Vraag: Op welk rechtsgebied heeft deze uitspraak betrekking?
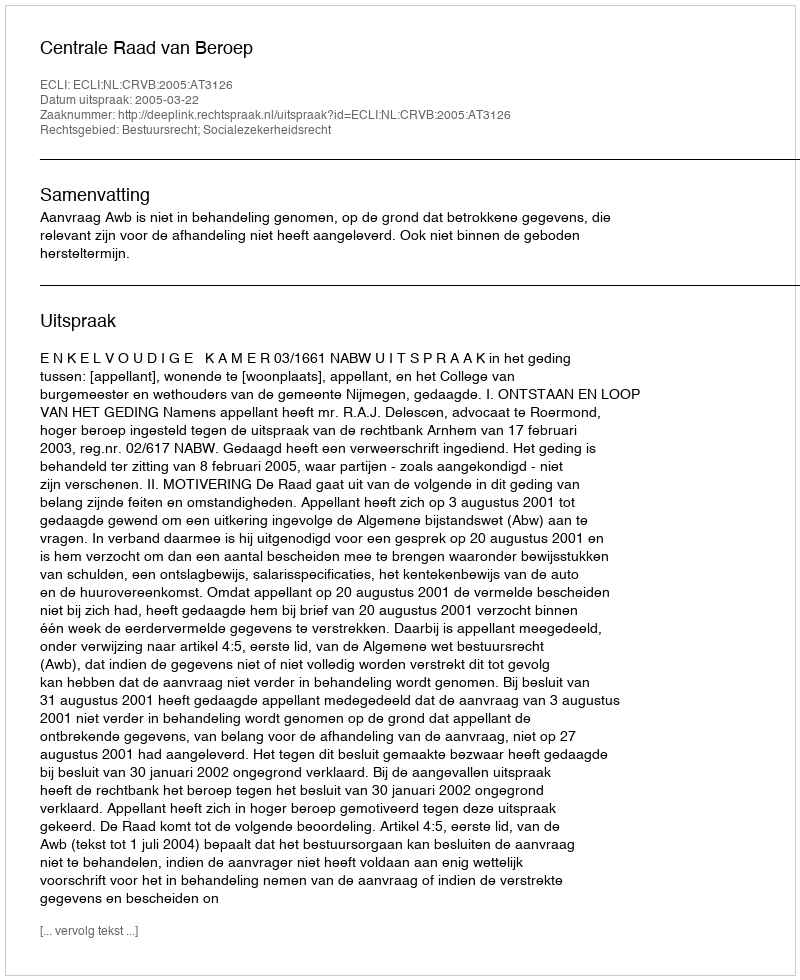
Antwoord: Bestuursrecht; Socialezekerheidsrecht